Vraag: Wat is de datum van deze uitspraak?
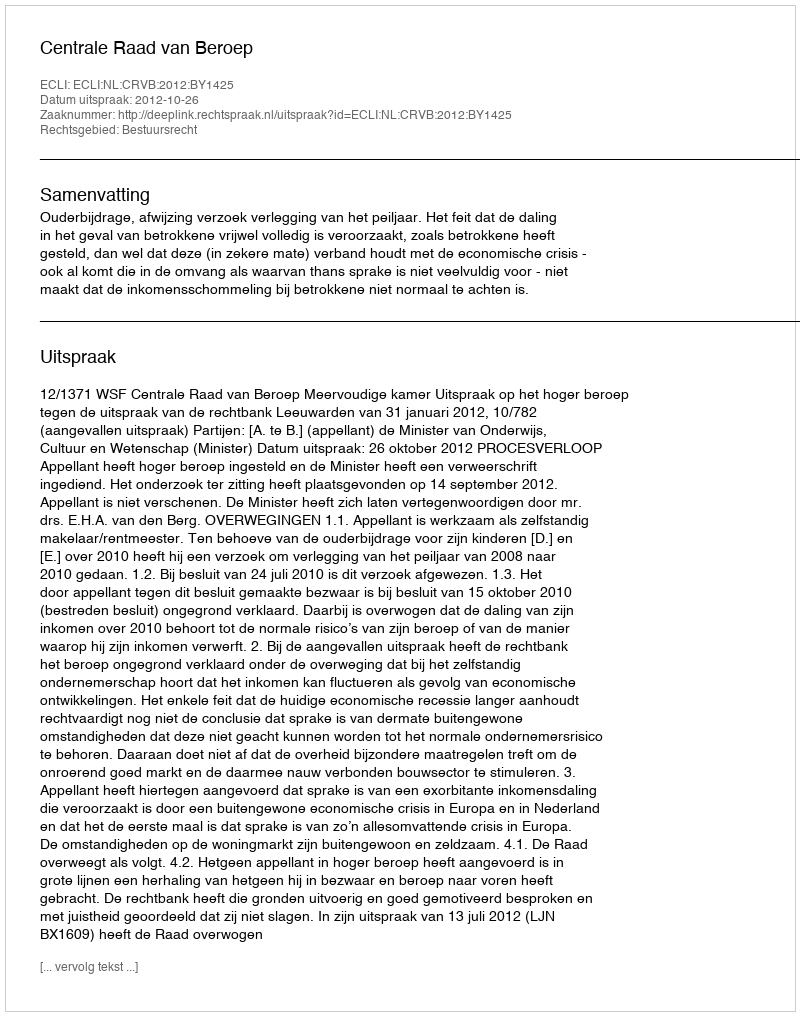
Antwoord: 2012-10-26